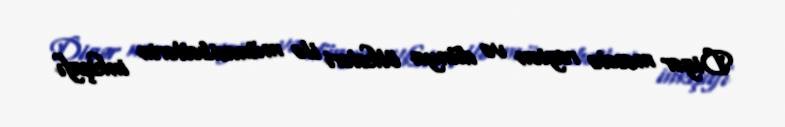
Digər məsələ region və dünya ölkələri ilə münasibətlərin inkişafı